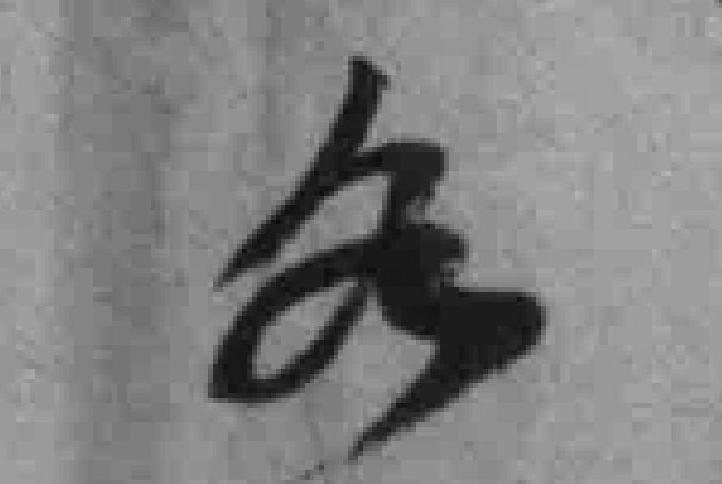
各